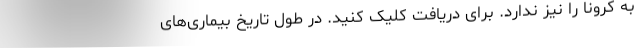
به کرونا را نیز ندارد. برای دریافت کلیک کنید. در طول تاریخ بیماری‌های